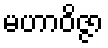
မဟာဝိဇ္ဇာ